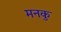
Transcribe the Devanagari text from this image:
मनकु